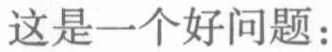
这是一个好问题：